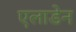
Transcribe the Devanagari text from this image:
एलाडेन